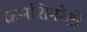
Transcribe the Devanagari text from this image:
कमशिनरेटों